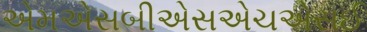
એમએસબીએસએચએસઈ